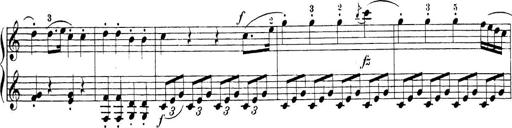
Title: Sonatina Album
Composer: Louis KÃ¶hler